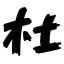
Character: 杜